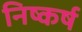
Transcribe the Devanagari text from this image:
निष्कर्ष